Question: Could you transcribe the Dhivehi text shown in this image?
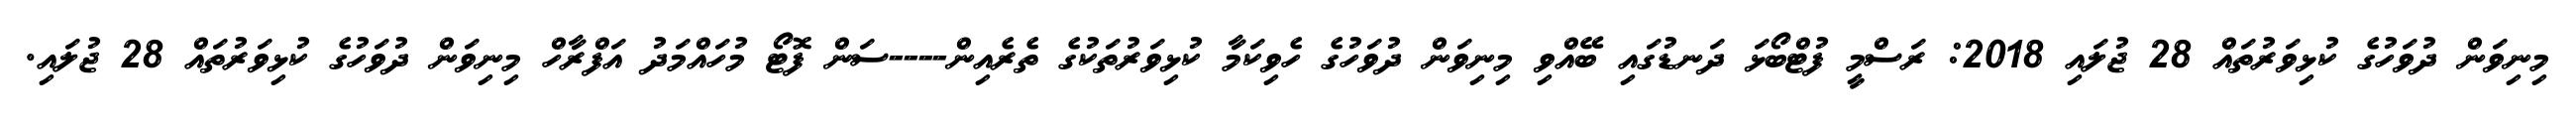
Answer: މިނިވަން ދުވަހުގެ ކުޅިވަރުތައް 28 ޖުލައި 2018: ރަސްމީ ފުޓްބޯޅަ ދަނޑުގައި ބޭއްވި މިނިވަން ދުވަހުގެ ހެވިކަމާ ކުޅިވަރުތަކުގެ ތެރެއިން----ސަން ފޮޓޯ މުހައްމަދު އަފްރާހް މިނިވަން ދުވަހުގެ ކުޅިވަރުތައް 28 ޖުލައި.